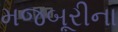
મજબૂરીના